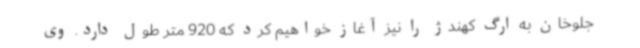
جلوخان به ارگ کهندژ را نیز آغاز خواهیم کرد که 920 متر طول دارد. وی